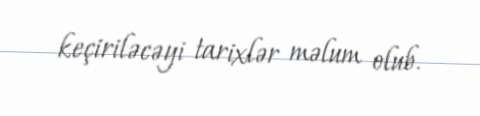
keçiriləcəyi tarixlər məlum olub.